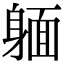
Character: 𨉥